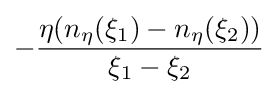
-{\frac {\eta (n_{\eta }(\xi _{1})-n_{\eta }(\xi _{2}))}{\xi _{1}-\xi _{2}}}